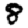
Digit: 8